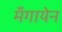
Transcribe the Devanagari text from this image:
मँगायेन